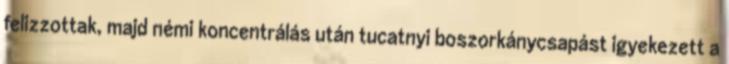
felizzottak, majd némi koncentrálás után tucatnyi boszorkánycsapást igyekezett a